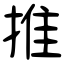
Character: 推